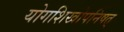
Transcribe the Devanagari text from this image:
योगशिखोपनिषत्‌